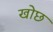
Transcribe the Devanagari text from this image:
खोछ